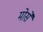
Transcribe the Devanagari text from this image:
मोर्से